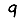
Digit: 9